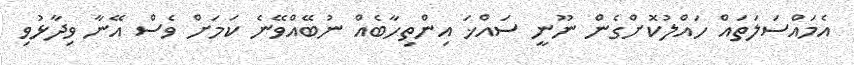
އެމައްސަލަތައް ހައްލުކޮށްގެން ނޫނީ ސައްޚަ އިންތިހާބެއް ނުބޭއްވޭނެ ކަމަށް ވެސް އޭނާ ވިދާޅުވި